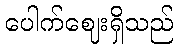
ပေါက်ဈေးရှိသည်